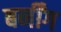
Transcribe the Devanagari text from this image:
बर्नींग